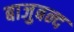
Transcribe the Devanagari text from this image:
बाजुबन्द